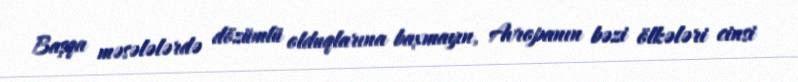
Başqa məsələlərdə dözümlü olduqlarına baxmayın, Avropanın bəzi ölkələri cinsi